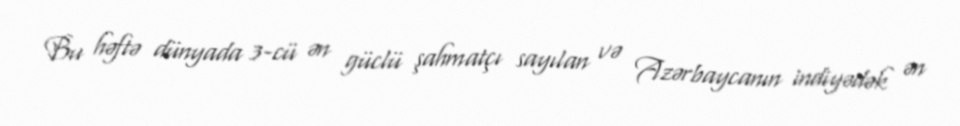
Bu həftə dünyada 3-cü ən güclü şahmatçı sayılan və Azərbaycanın indiyədək ən